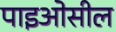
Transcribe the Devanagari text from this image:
पाइओसील